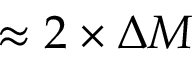
\approx 2 \times \Delta M